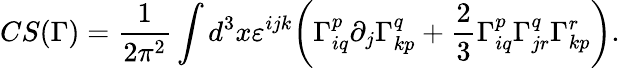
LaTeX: CS(\Gamma)={\frac{1}{2\pi^{2}}}\int d^{3}x\varepsilon^{ijk}{\biggl(}\Gamma_{iq}^{p}\partial_{j}\Gamma_{kp}^{q}+{\frac{2}{3}}\Gamma_{iq}^{p}\Gamma_{jr}^{q}\Gamma_{kp}^{r}{\biggr)}.